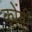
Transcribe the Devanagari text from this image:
कोंगी